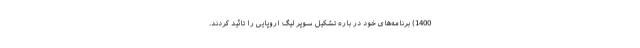
1400) برنامه‌های خود در باره تشکیل سوپر لیگ اروپایی را تائید کردند.